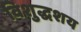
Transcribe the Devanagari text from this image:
विशुद्धशय